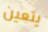
يتعين